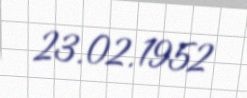
23.02.1952